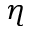
\eta